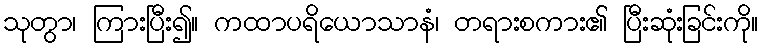
သုတွာ၊ ကြားပြီး၍။ ကထာပရိယောသာနံ၊ တရားစကား၏ ပြီးဆုံးခြင်းကို။